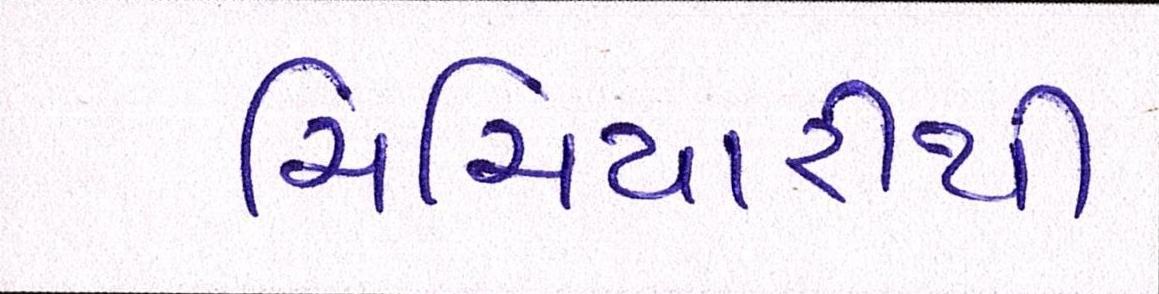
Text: ચિચિયારીથી